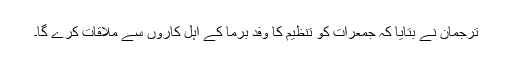
ترجمان نے بتایا کہ جمعرات کو تنظیم کا وفد برما کے اہل کاروں سے ملاقات کرے گا۔